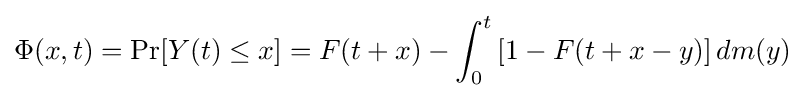
\Phi (x,t)=\Pr[Y(t)\leq x]=F(t+x)-\int _{0}^{t}\left[1-F(t+x-y)\right]dm(y)